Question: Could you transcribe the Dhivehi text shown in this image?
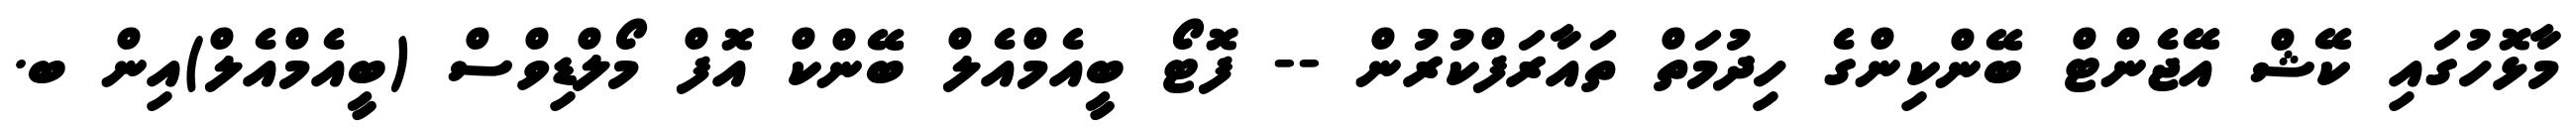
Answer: މާޅޮހުގައި ކޭޝް އޭޖެންޓް ބޭންކިންގެ ހިދުމަތް ތައާރަފްކުރުން -- ފޮޓޯ ބީއެމްއެލް ބޭންކް އޮފް މޯލްޑިވްސް (ބީއެމްއެލް)އިން ބ.